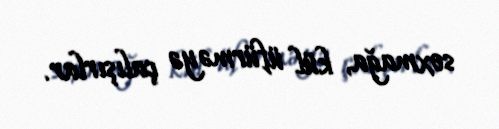
soxmağa, kül üfürməyə çalışırlar.